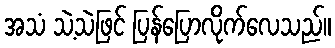
အသံ သဲ့သဲဖြင် ပြန်ပြောလိုက်လေသည်။